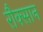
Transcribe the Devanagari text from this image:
रौक्सान